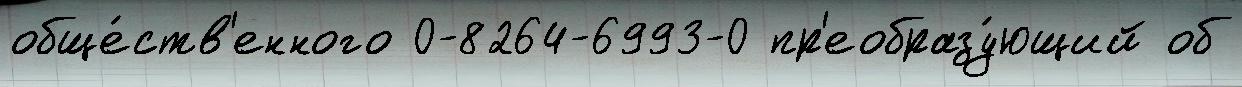
обще́ств'енного 0-8264-6993-0 пр'еобразу́ющий об